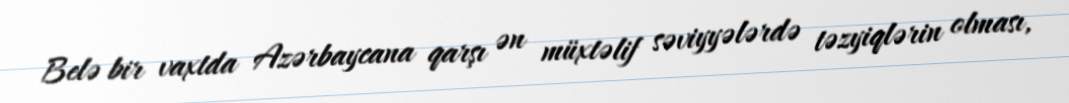
Belə bir vaxtda Azərbaycana qarşı ən müxtəlif səviyyələrdə təzyiqlərin olması,